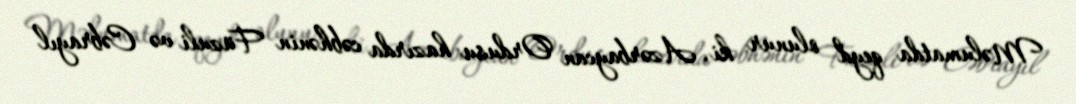
Məlumatda qeyd olunur ki, Azərbaycan Ordusu hazırda cəbhənin Füzuli və Cəbrayıl